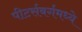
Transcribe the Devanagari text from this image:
पीटर्सबर्गमध्ये